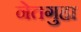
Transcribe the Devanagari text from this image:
नेतगुहा